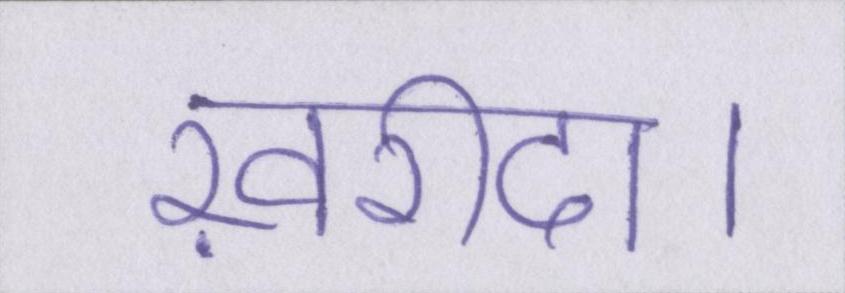
ख़रीदा।